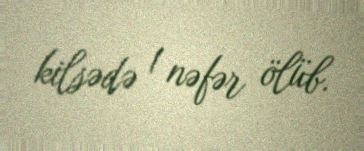
kilsədə 1 nəfər ölüb.